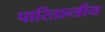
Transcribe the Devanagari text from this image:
पारितान्त्रीय